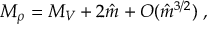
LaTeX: M _ { \rho } = M _ { V } + 2 \hat { m } + O ( \hat { m } ^ { 3 / 2 } ) \; ,